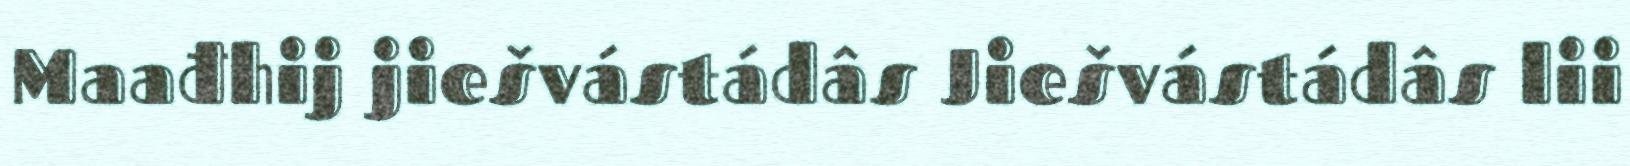
Maađhij jiešvástádâs Jiešvástádâs lii